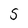
Character: S